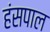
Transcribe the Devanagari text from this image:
हंसपाल